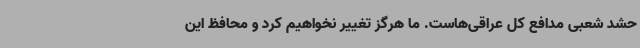
حشد شعبی مدافع کل عراقی‌هاست. ما هرگز تغییر نخواهیم کرد و محافظ این